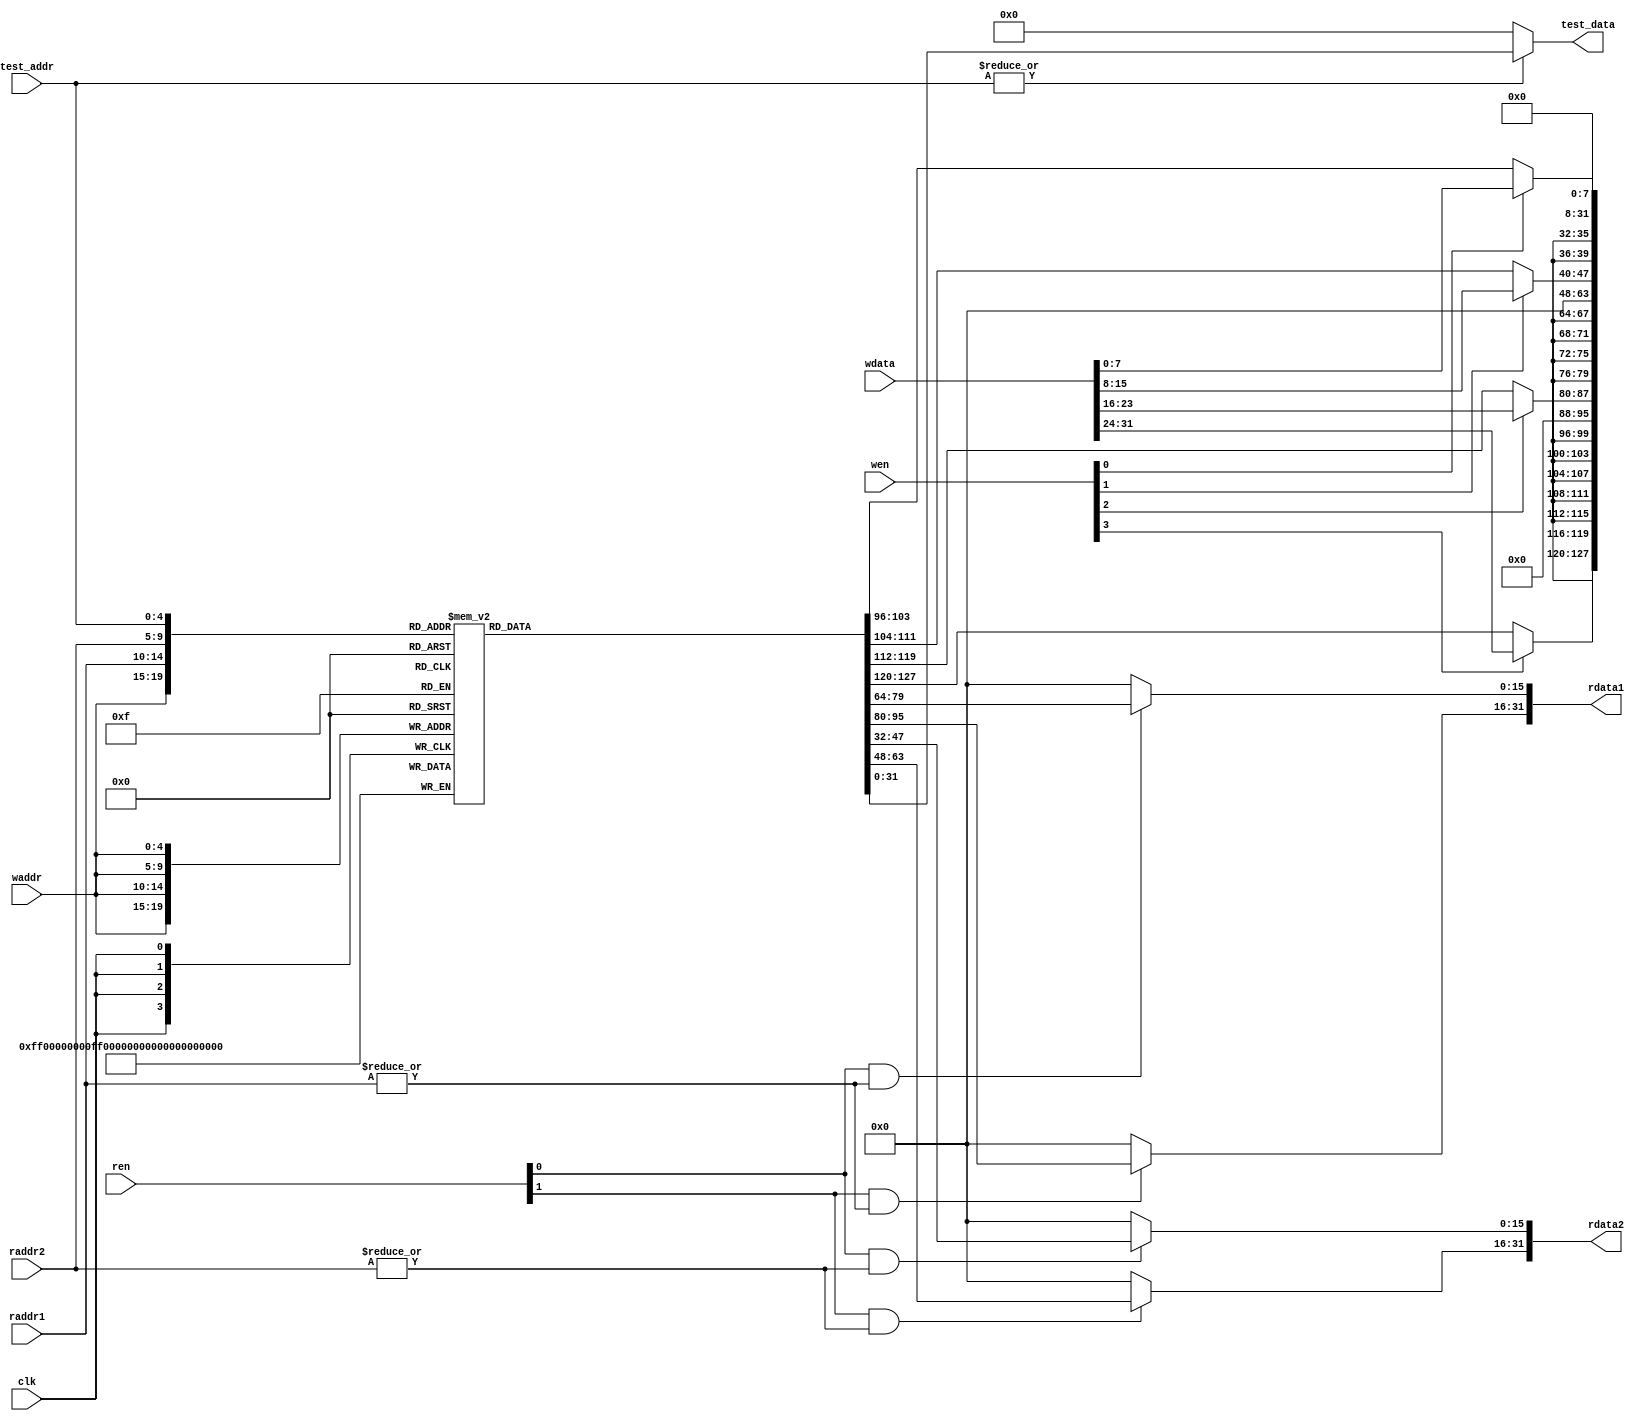

module RegisterFile (
    // clock
    input clk,
    // write enable
    input [3:0] wen,

    // read enable
    input [1:0] ren,

    // read address 1
    input [4:0] raddr1,
    // read address 2
    input [4:0] raddr2,
    // write address
    input [4:0] waddr,
    // write data
    input [31:0] wdata,
    // read data 1
    output reg [31:0] rdata1,
    // read data 2
    output reg [31:0] rdata2,
    // test address
    input [4:0] test_addr,
    // test data
    output reg [31:0] test_data
);

  reg [31:0] rf[31:0];

  always @(posedge clk) begin
    rf[waddr][7:0]   <= (wen[0]) ? wdata[7:0] : rf[waddr][7:0];
    rf[waddr][15:8]  <= (wen[1]) ? wdata[15:8] : rf[waddr][15:8];
    rf[waddr][23:16] <= (wen[2]) ? wdata[23:16] : rf[waddr][23:16];
    rf[waddr][31:24] <= (wen[3]) ? wdata[31:24] : rf[waddr][31:24];
  end

  // Read port 1
  always @(*) begin
    rdata1[15:0]  <= ren[0] && (|raddr1) ? rf[raddr1][15:0] : 16'd0;
    rdata1[31:16] <= ren[1] && (|raddr1) ? rf[raddr1][31:16] : 16'd0;
  end

  // Read port 2
  always @(*) begin
    rdata2[15:0]  <= ren[0] && (|raddr2) ? rf[raddr2][15:0] : 16'd0;
    rdata2[31:16] <= ren[1] && (|raddr2) ? rf[raddr2][31:16] : 16'd0;
  end

  // Debug
  always @(*) begin
    test_data <= (|test_addr) ? rf[test_addr] : 32'd0;
  end

endmodule